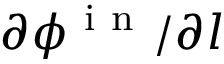
\partial \phi ^ { \mathrm { ~ i ~ n ~ } } / \partial l